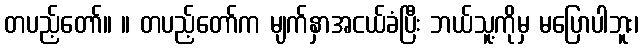
တပည့်တော်။ ။ တပည့်တော်က မျက်နှာအငယ်ခံပြီး ဘယ်သူ့ကိုမှ မပြောပါဘူး၊